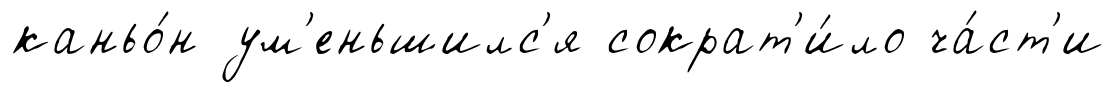
каньо́н ум'еньшилс'я сократ'и́ло ча́ст'и